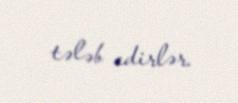
tələb edirlər.